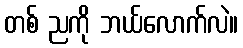
တစ် ညကို ဘယ်လောက်လဲ။